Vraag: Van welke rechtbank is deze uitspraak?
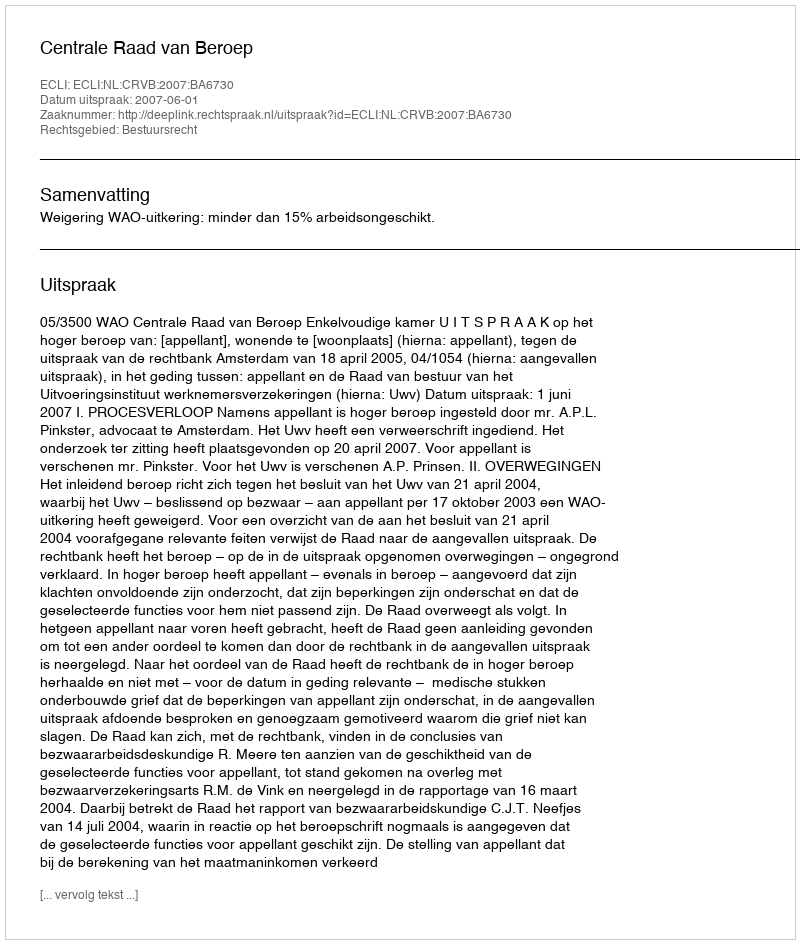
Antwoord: Centrale Raad van Beroep